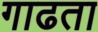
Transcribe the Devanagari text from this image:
गाढता